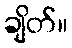
ချိတ်။